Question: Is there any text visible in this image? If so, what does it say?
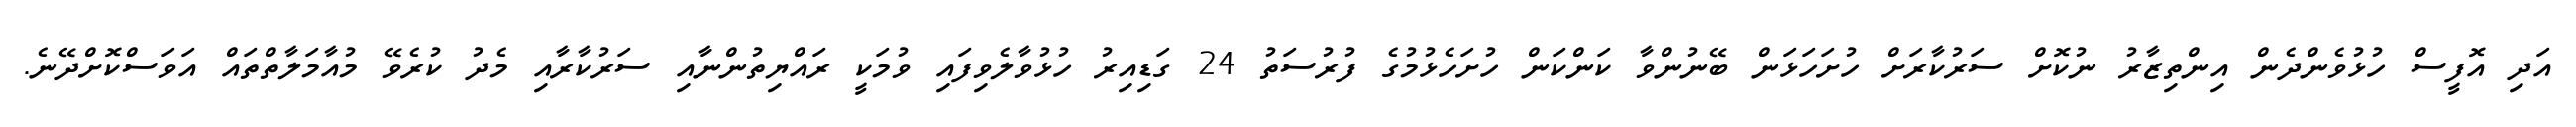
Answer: އަދި އޮފީސް ހުޅުވެންދެން އިންތިޒާރު ނުކޮށް ސަރުކާރަށް ހުށަހަޅަން ބޭނުންވާ ކަންކަން ހުށަހެޅުމުގެ ފުރުސަތު 24 ގަޑިއިރު ހުޅުވާލެވިފައި ވުމަކީ ރައްޔިތުންނާއި ސަރުކާރާއި މެދު ކުރެވޭ މުއާމަލާތްތައް އަވަސްކޮށްދޭނެ.